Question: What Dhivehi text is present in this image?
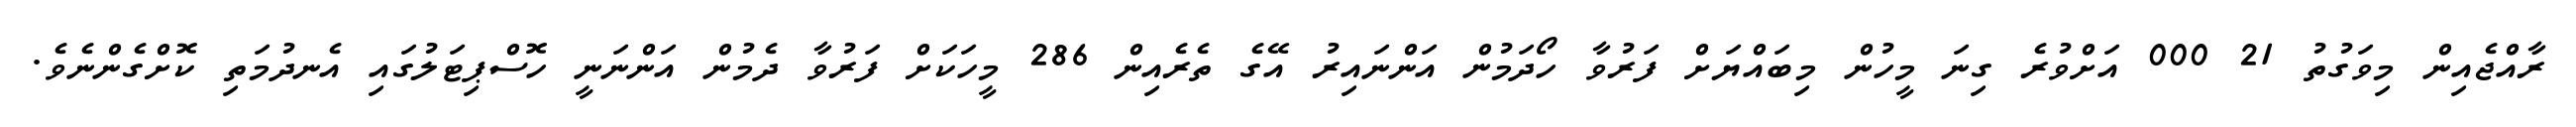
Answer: ރާއްޖެއިން މިވަގުތު 21 000 އަށްވުރެ ގިނަ މީހުން މިބައްޔަށް ފަރުވާ ހޯދަމުން އަންނައިރު އޭގެ ތެރެއިން 286 މީހަކަށް ފަރުވާ ދެމުން އަންނަނީ ހޮސްޕިޓަލުގައި އެނދުމަތި ކޮށްގެންނެވެ.